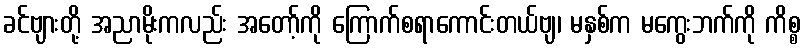
ခင်ဗျားတို့ အညာမိုးကလည်း အတော့်ကို ကြောက်စရာကောင်းတယ်ဗျ၊ မနှစ်က မကွေးဘက်ကို ကိစ္စ